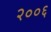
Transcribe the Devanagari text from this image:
२००६